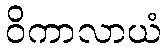
ဝိကာလာယံ